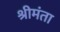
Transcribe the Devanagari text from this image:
श्रीमंता